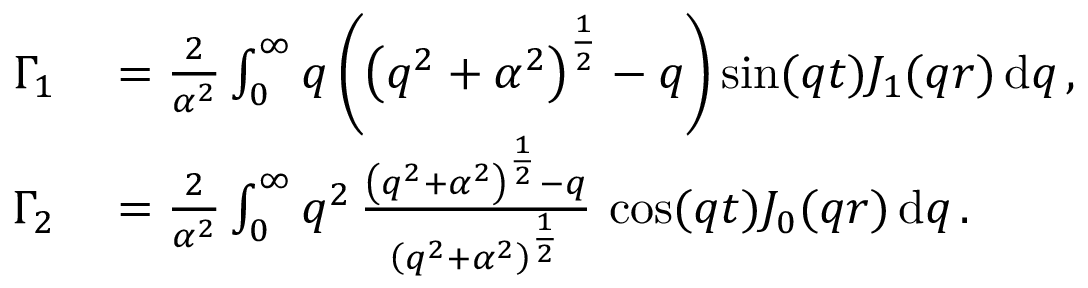
\begin{array} { r l } { \Gamma _ { 1 } } & { { } = \frac { 2 } { \alpha ^ { 2 } } \int _ { 0 } ^ { \infty } q \left( \left( q ^ { 2 } + \alpha ^ { 2 } \right) ^ { \frac { 1 } { 2 } } - q \right) \sin ( q t ) J _ { 1 } ( q r ) \, \mathrm { d } q \, , } \\ { \Gamma _ { 2 } } & { { } = \frac { 2 } { \alpha ^ { 2 } } \int _ { 0 } ^ { \infty } q ^ { 2 } \, \frac { \left( q ^ { 2 } + \alpha ^ { 2 } \right) ^ { \frac { 1 } { 2 } } - q } { \left( q ^ { 2 } + \alpha ^ { 2 } \right) ^ { \frac { 1 } { 2 } } } \, \cos ( q t ) J _ { 0 } ( q r ) \, \mathrm { d } q \, . } \end{array}